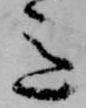
意